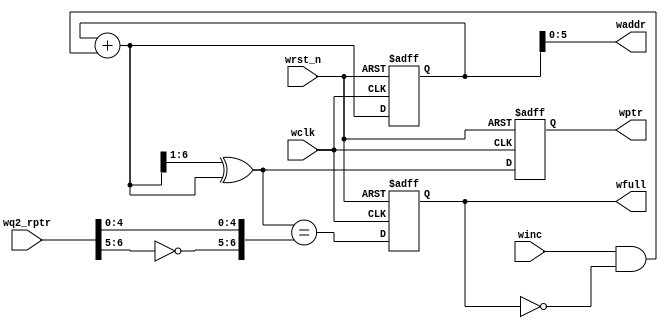
module wptr_full
#(
    parameter ADDRSIZE = 6
) 
(
    output reg wfull,   
    output        [ADDRSIZE-1:0] waddr,
    output reg [ADDRSIZE  :0] wptr, 
    input           [ADDRSIZE  :0] wq2_rptr,
    input           winc, wclk, wrst_n
);
  reg  [ADDRSIZE:0] wbin;
  wire [ADDRSIZE:0] wgraynext, wbinnext;
  // GRAYSTYLE2 pointer
  always @(posedge wclk or negedge wrst_n)   
      if (!wrst_n)
          {wbin, wptr} <= 0;   
      else         
          {wbin, wptr} <= {wbinnext, wgraynext};
  // Memory write-address pointer (okay to use binary to address memory) 
  assign waddr        = wbin[ADDRSIZE-1:0]; 
  assign wbinnext   = wbin + (winc & ~wfull);//1
  assign wgraynext = (wbinnext>>1) ^ wbinnext; //
  //-----------------------------------------------------------------
  assign wfull_val = (wgraynext=={~wq2_rptr[ADDRSIZE:ADDRSIZE-1],wq2_rptr[ADDRSIZE-2:0]}); 
  //
  always @(posedge wclk or negedge wrst_n)
      if (!wrst_n)
          wfull  <= 1'b0;   
      else     
          wfull  <= wfull_val;
 
  endmodule